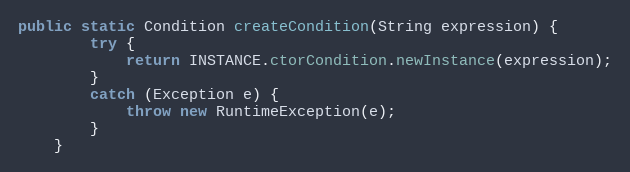
Language: Java
public static Condition createCondition(String expression) {
        try {
            return INSTANCE.ctorCondition.newInstance(expression);
        }
        catch (Exception e) {
            throw new RuntimeException(e);
        }
    }